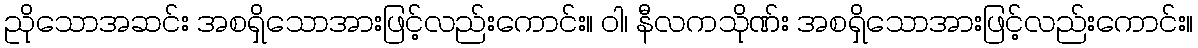
ညိုသောအဆင်း အစရှိသောအားဖြင့်လည်းကောင်း။ ဝါ၊ နီလကသိုဏ်း အစရှိသောအားဖြင့်လည်းကောင်း။